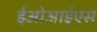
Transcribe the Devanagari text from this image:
ईओआईएस